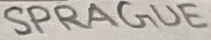
Text: SPRAGUE